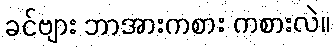
ခင်ဗျား ဘာအားကစား ကစားလဲ။